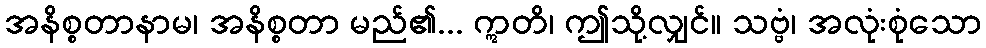
အနိစ္စတာနာမ၊ အနိစ္စတာ မည်၏... ဣတိ၊ ဤသို့လျှင်။ သဗ္ဗံ၊ အလုံးစုံသော